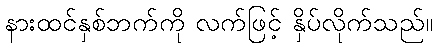
နားထင်နှစ်ဘက်ကို လက်ဖြင့် နှိပ်လိုက်သည်။